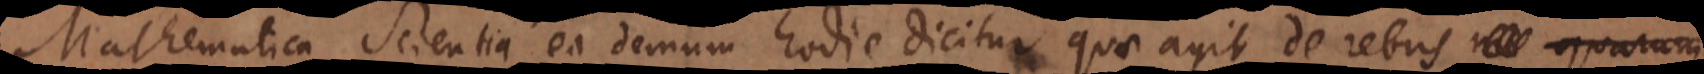
Mathematica Scientia ea demum hodie dicitur quae agit de rebus ma quarum